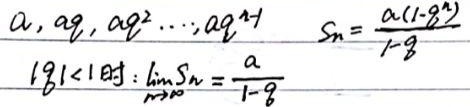
\[
a, aq, aq^{2} \cdots, aq^{n - 1} \quad S_{n}=\frac{a(1 - q^{n})}{1 - q}
\]
\[
|q| < 1时:\lim_{n\rightarrow\infty}S_{n}=\frac{a}{1 - q}
\]